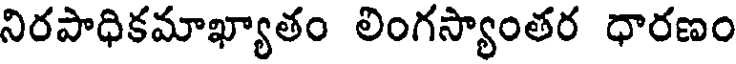
నిరపాధికమాఖ్యాతం లింగస్యాంతర ధారణం